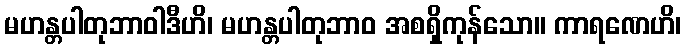
မဟန္တပါတုဘာဝါဒီဟိ၊ မဟန္တပါတုဘာဝ အစရှိကုန်သော။ ကာရဏေဟိ၊